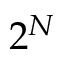
2 ^ { N }